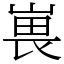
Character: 嵔